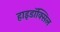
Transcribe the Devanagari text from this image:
हाइडॉक्सिल